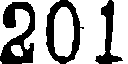
201